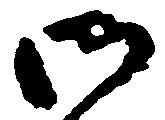
御